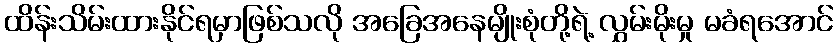
ထိန်းသိမ်းထားနိုင်ရမှာဖြစ်သလို အခြေအနေမျိုးစုံတို့ရဲ့ လွှမ်းမိုးမှု မခံရအောင်